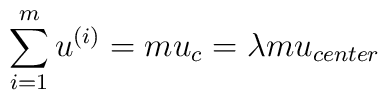
\sum\limits_{i=1}^mu^{(i)}=mu_c=\lambda mu_{center}